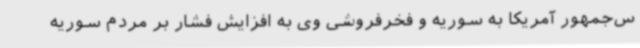
س‌جمهور آمریکا به سوریه و فخرفروشی وی به افزایش فشار بر مردم سوریه